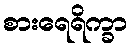
စားရေရိက္ခာ